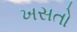
ખસતો